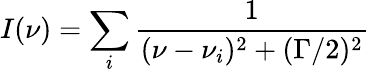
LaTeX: I(\nu)=\sum_{i}\frac{1}{(\nu-\nu_{i})^{2}+(\Gamma/2)^{2}}